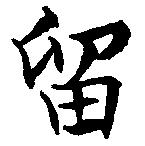
留